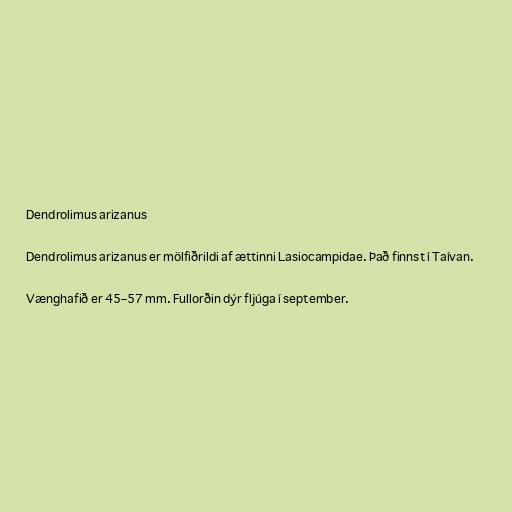
Dendrolimus arizanus

Dendrolimus arizanus er mölfiðrildi af ættinni Lasiocampidae. Það finnst í Taívan.

Vænghafið er 45–57 mm. Fullorðin dýr fljúga í september.